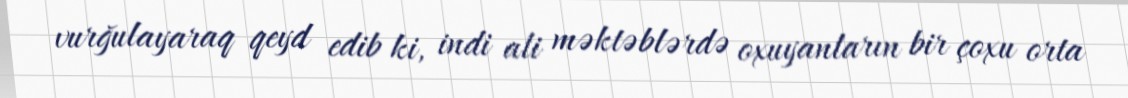
vurğulayaraq qeyd edib ki, indi ali məktəblərdə oxuyanların bir çoxu orta